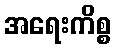
အရေးကိစ္စ